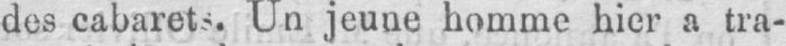
des cabarets. Un jeune homme hier a tra-